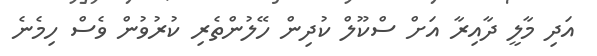
އަދި މާލީ ދާއިރާ އަށް ސްކޫލް ކުދިން ހޭލުންތެރި ކުރުވުން ވެސް ހިމެނެ